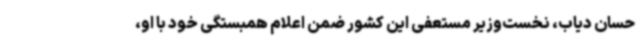
حسان دیاب، نخست‌وزیر مستعفی این کشور ضمن اعلام همبستگی خود با او،